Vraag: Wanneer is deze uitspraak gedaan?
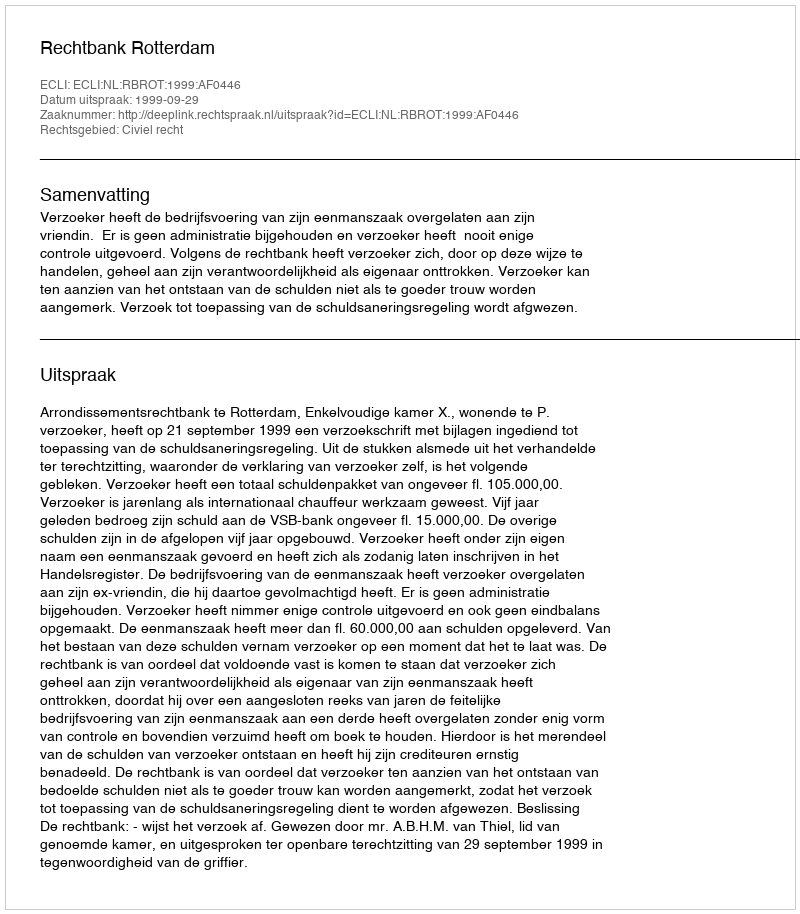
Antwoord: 1999-09-29